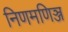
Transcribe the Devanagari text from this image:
निणमणिञ्ज